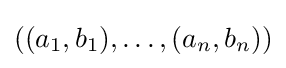
((a_{1},b_{1}),\ldots ,(a_{n},b_{n}))